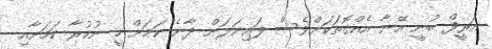
އަރީފް ބުނީ އޭނާ އެއްގޮތަކަށްވެސް ފައިނަލަށް ދާނެ ކަމަށް ހީ ނުކުރާ ކަމަށާއި